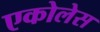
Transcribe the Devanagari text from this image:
एकोलेस